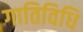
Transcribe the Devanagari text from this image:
गातिविधि